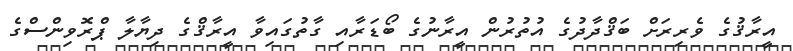
އީރާޤުގެ ވެރިރަށް ބަޤްދާދުގެ އުތުރުން އީރާނުގެ ބޯޑަރާއި ގާތުގައިވާ އީރާޤްގެ ދިޔާލާ ޕްރޮވިންސްގެ